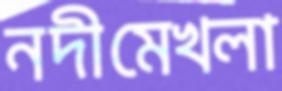
নদীমেখলা